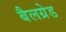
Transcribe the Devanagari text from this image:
बैलग्रेड